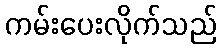
ကမ်းပေးလိုက်သည်